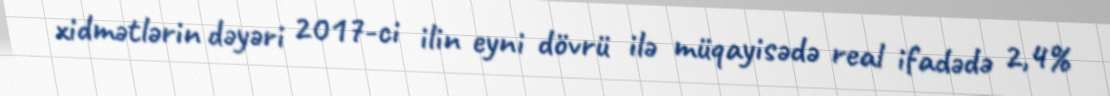
xidmətlərin dəyəri 2017-ci ilin eyni dövrü ilə müqayisədə real ifadədə 2,4%